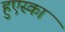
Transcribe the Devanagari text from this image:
हुएस्का